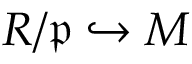
R / { \mathfrak { p } } \hookrightarrow M